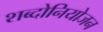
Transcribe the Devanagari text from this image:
शब्दोनियोजन